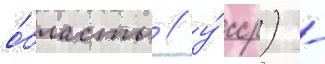
о́бласть / у́сср) -